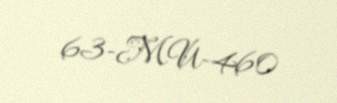
63-MU-460